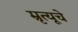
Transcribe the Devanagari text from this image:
म्रृत्यूचे